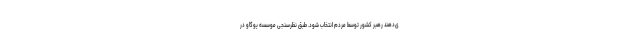
ی‌دهند رهبر کشور توسط مردم انتخاب شود. طبق نظر‌سنجی موسسه یو‌گاو در